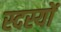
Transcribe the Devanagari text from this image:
स्दस्यों